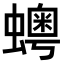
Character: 𧒹